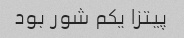
پیتزا یکم شور بود